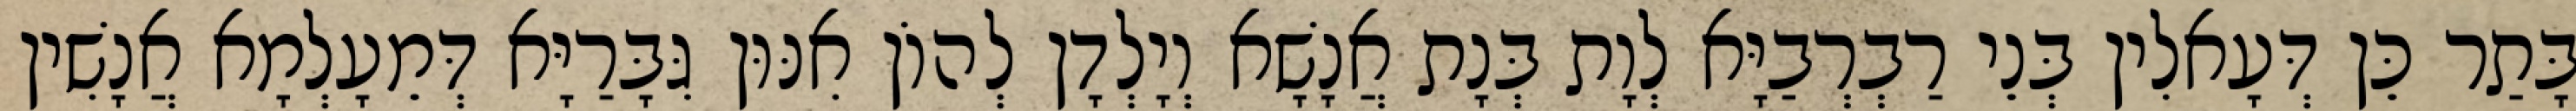
בָּתַר כֵּן דְּעָאלִין בְּנֵי רַבְרְבַיָּא לְוָת בְּנָת אֲנָשָׁא וְיָלְדָן לְהוֹן אִנּוּן גִּבָּרַיָּא דְּמֵעָלְמָא אֲנָשִׁין